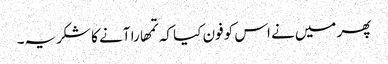
پھر میں‌نے اس کو فون کیا کہ تمھارا آنے کا شکریہ۔